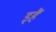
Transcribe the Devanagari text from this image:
इहैं